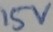
Text: 15v